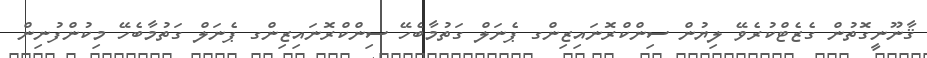
ޤާނޫނީގޮތުން ގެޒެޓްކުރެވޭ ލިޔުން ސިންކްރޮނައިޒިންގ ޕެނަލް ގަތުމާބެހޭ ސިންކްރޮނައިޒިންގ ޕެނަލް ގަތުމާބެހޭ މިކުންފުނިން